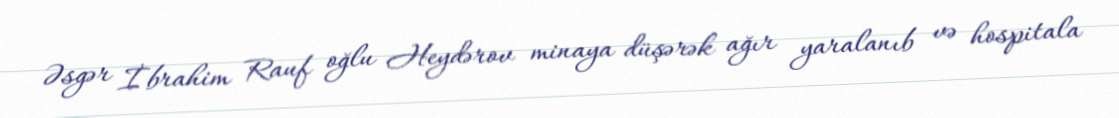
Əsgər İbrahim Rauf oğlu Heydərov minaya düşərək ağır yaralanıb və hospitala